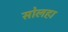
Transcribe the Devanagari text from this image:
सोलहा